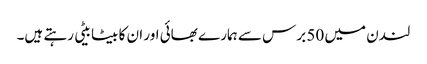
لندن میں 50 برس سے ہمارے بھائی اور ان کا بیٹا بیٹی رہتے ہیں۔